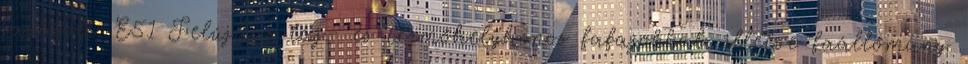
javasolt. E51 Felújítás táj- és termőhelyhonos fafajokkal, illetve faállomány